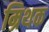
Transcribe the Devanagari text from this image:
म्रिथक